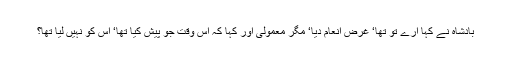
بادشاہ نے کہا ارے تو تھا‘ غرض انعام دیا‘ مگر معمولی اور کہا کہ اس وقت جو پیش کیا تھا‘ اس کو نہیں لیا تھا؟